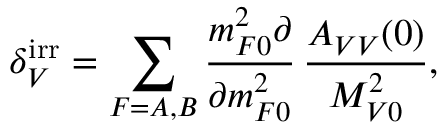
\delta _ { V } ^ { \mathrm { i r r } } = \sum _ { F = A , B } \frac { m _ { F 0 } ^ { 2 } \partial } { \partial m _ { F 0 } ^ { 2 } } \, \frac { A _ { V V } ( 0 ) } { M _ { V 0 } ^ { 2 } } ,